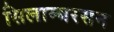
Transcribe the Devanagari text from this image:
सिलाम्बरसन